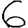
Digit: 6